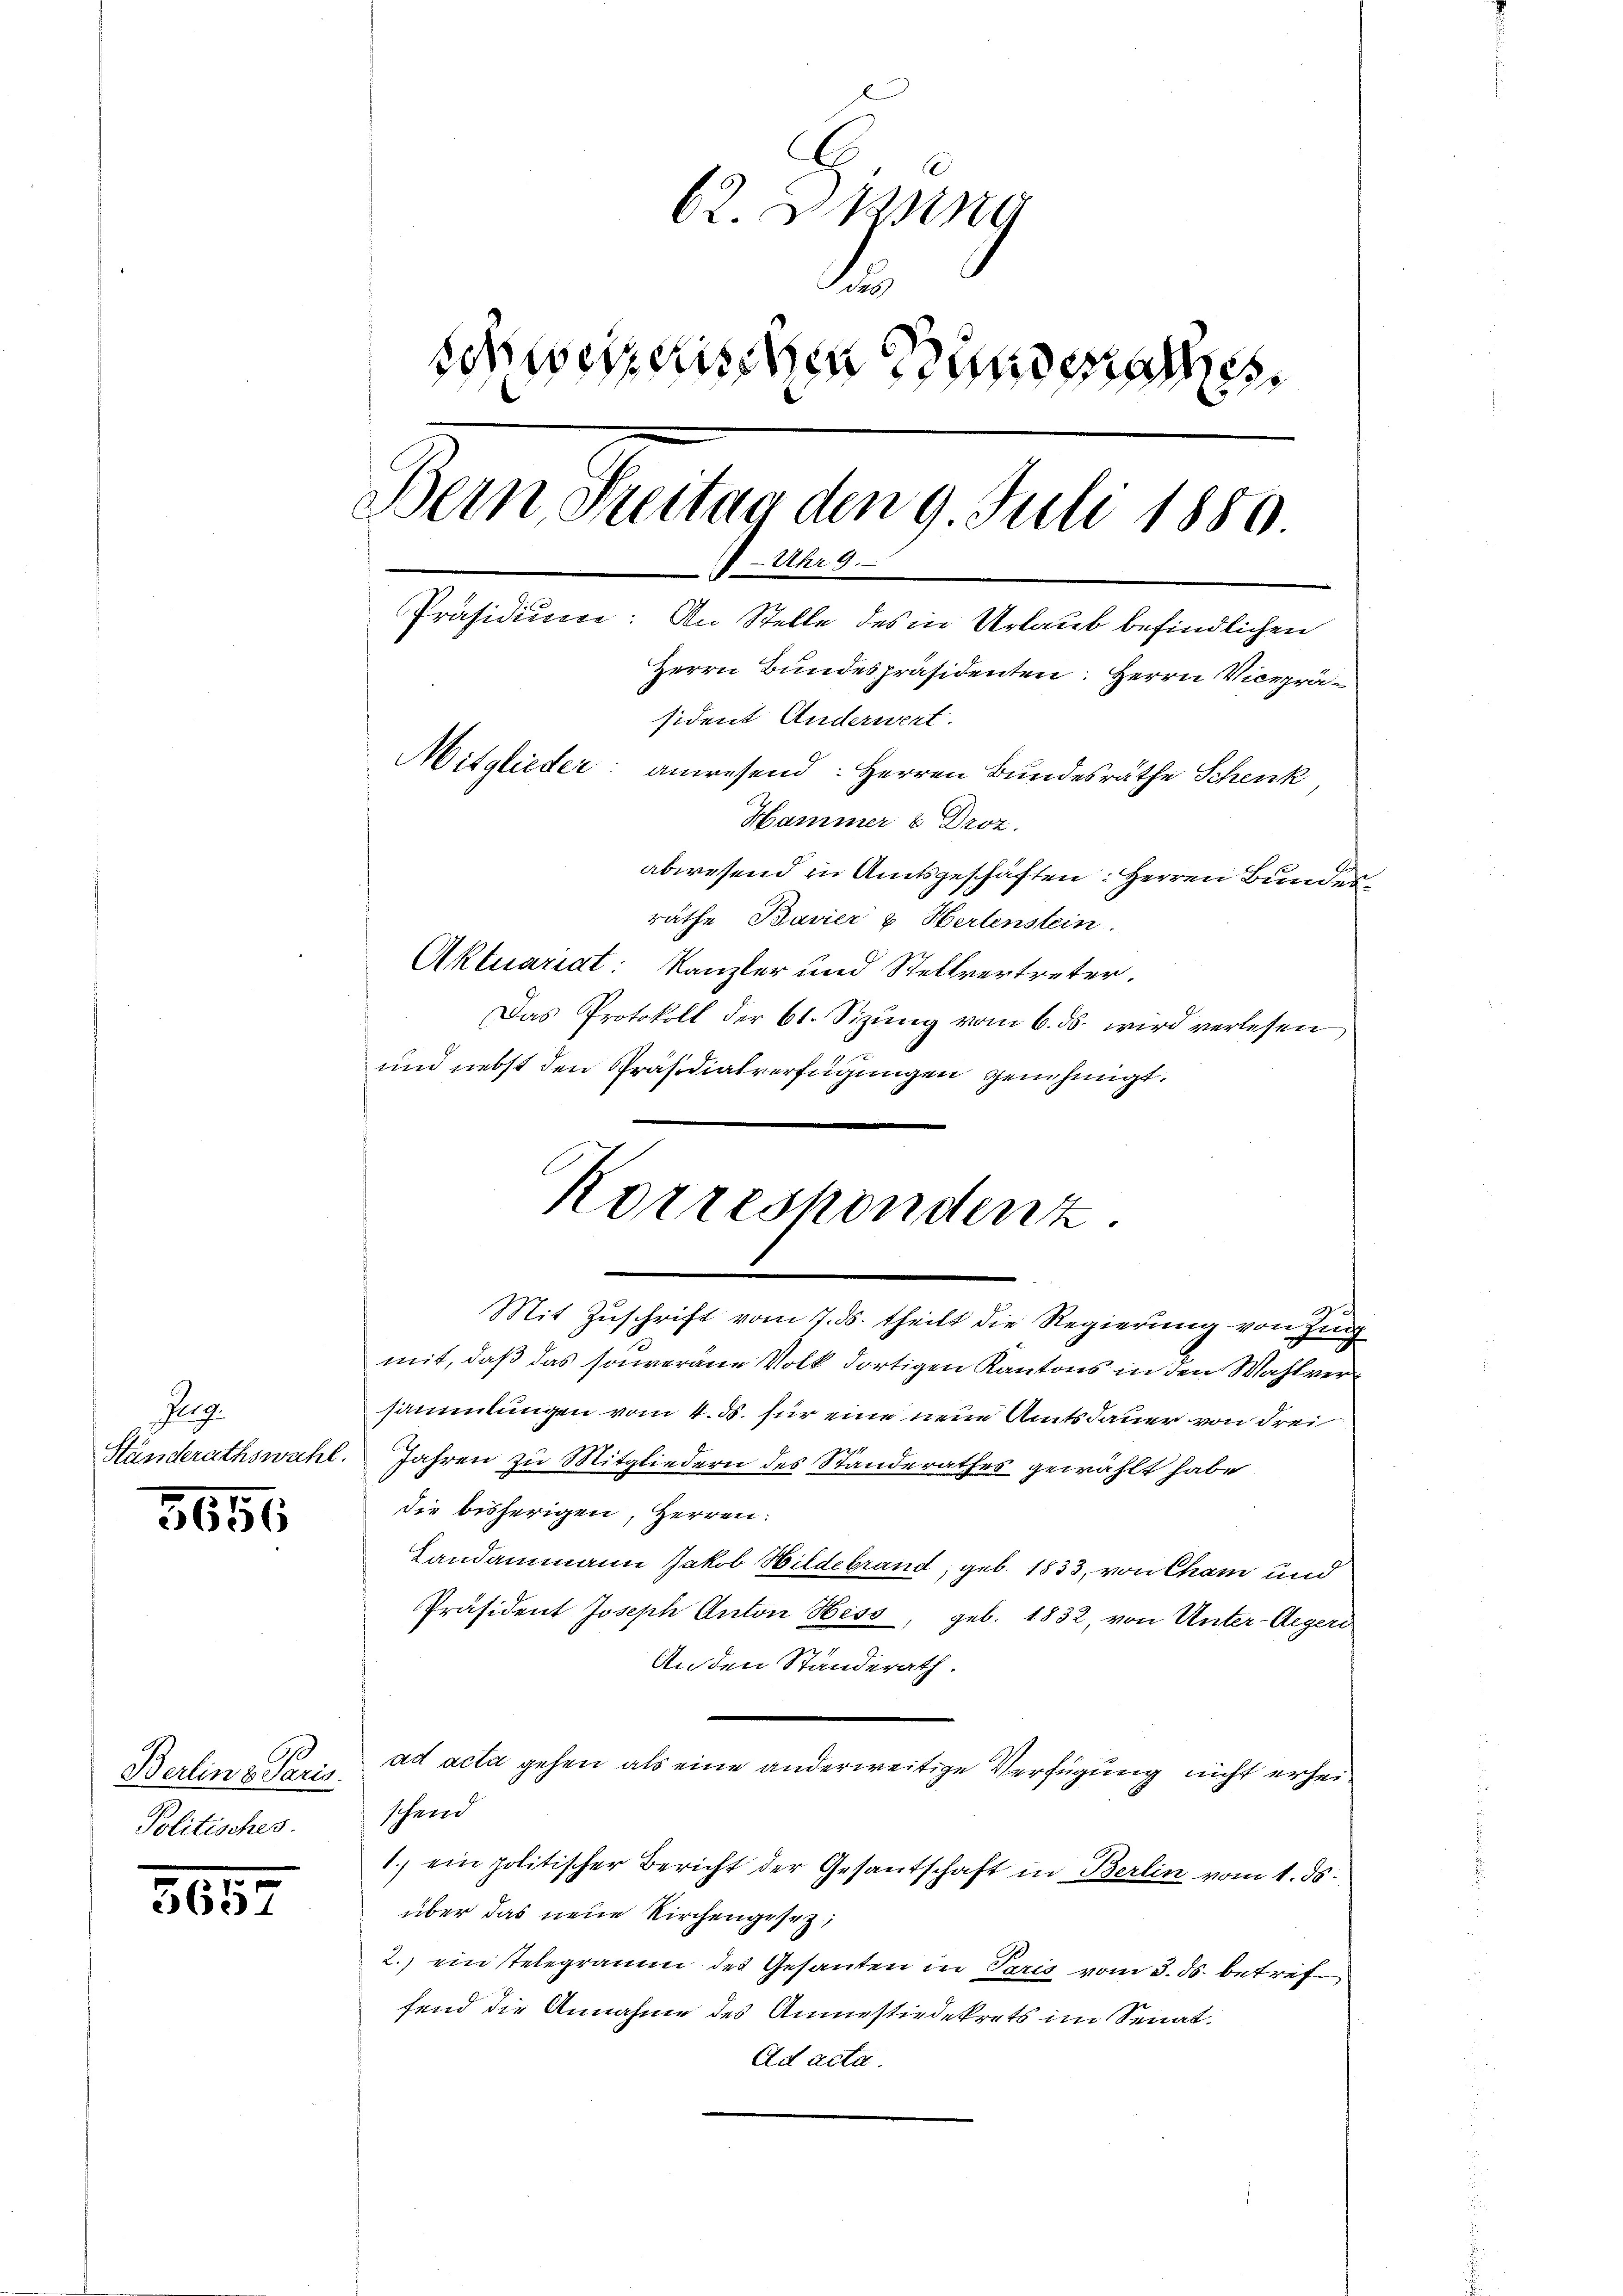
Irg.

5656

Berline Paris.
Politisches.

.
5637

62. Dan
t
schweizerischen Bunden
Bern Freitag den 9. Juli 1880.
 Uhr 9.
Präsidiume: An Stelle des in Urlaub befindlichen
Herrn Bundespräsidenten: Herrn Vicepräsident Anderwert.
Mitglieder: anwesend: Herren Bundesräthe Schenk,
Hammer & Droz.
abwesend in Amtsgeschäften: Herren Bundesräthe Bavier & Hertenstein.
Aktuariat: Kanzler und Stellvertreter.

Das Protokoll der 61. Sizŭng vom 6. ds. wird verlesen
und nebst den Präsidialverfügungen genehmigt.
Mit Zuschrift vom 7. ds. theilt die Regierung von Zug
mit, daß das souveräne Volk dortigen Kantons in den Wahlversammlungen vom 4. d. für eine neue Amtsdauer von Frei
Händerathswahl. Jahren zu Mitgliedern des Standerathes gewählt habe
die bisherigen, Herren:
Landammann Jakob Bildebrand, geb. 1833, von Cham und
Präsident Joseph Anton Hess, geb. 1832, von Unter-Aegeri
An den Standerath.
ad acta gehen als eine anderweitige Verfügung nicht erheischend
1.) ein politischer Bericht der Gesantschaft in Berlin vom 1. ds.
über das neue Kirchengesetz;
2.) ein telegrauem des Gesanten in Paris vom 3. ds. betref
fend die Annahme des Anmessiedekrets im Senat,
Ad acta.

Korrespondenz.